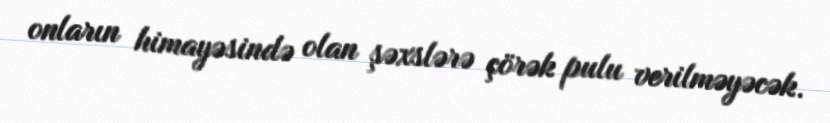
onların himayəsində olan şəxslərə çörək pulu verilməyəcək.